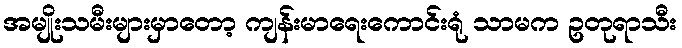
အမျိုးသမီးများမှာတော့ ကျန်းမာရေးကောင်းရုံ သာမက ဥတုရာသီး